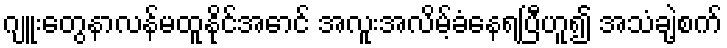
ဂျူးတွေနာလန်မထူနိုင်အောင် အလူးအလိမ့်ခံနေရပြီဟူ၍ အသံချဲ့စက်